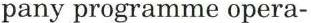
pany programme opera-